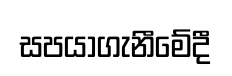
සපයාගැනීමේදී